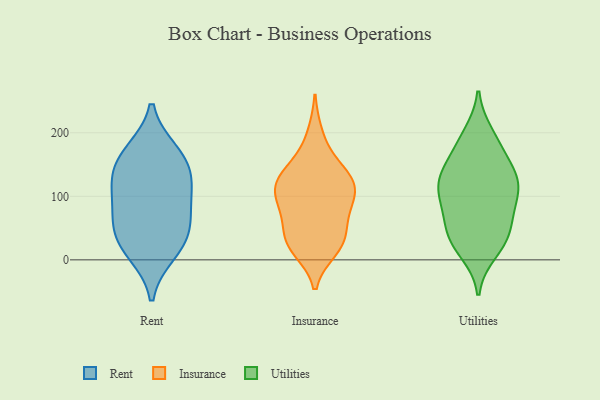
{"axis": {"x": "Bounce Rate (%)", "y": "Value"}, "legend": ["Insurance", "Rent", "Utilities"], "data": [{"x": "", "y": 56, "type": "Rent"}, {"x": "", "y": 24, "type": "Rent"}, {"x": "", "y": 142, "type": "Rent"}, {"x": "", "y": 84, "type": "Rent"}, {"x": "", "y": 108, "type": "Rent"}, {"x": "", "y": 12, "type": "Rent"}, {"x": "", "y": 163, "type": "Rent"}, {"x": "", "y": 47, "type": "Rent"}, {"x": "", "y": 169, "type": "Rent"}, {"x": "", "y": 121, "type": "Rent"}, {"x": "", "y": 123, "type": "Insurance"}, {"x": "", "y": 66, "type": "Insurance"}, {"x": "", "y": 76, "type": "Insurance"}, {"x": "", "y": 125, "type": "Insurance"}, {"x": "", "y": 34, "type": "Insurance"}, {"x": "", "y": 114, "type": "Insurance"}, {"x": "", "y": 91, "type": "Insurance"}, {"x": "", "y": 112, "type": "Insurance"}, {"x": "", "y": 35, "type": "Insurance"}, {"x": "", "y": 23, "type": "Insurance"}, {"x": "", "y": 158, "type": "Insurance"}, {"x": "", "y": 121, "type": "Insurance"}, {"x": "", "y": 138, "type": "Insurance"}, {"x": "", "y": 88, "type": "Insurance"}, {"x": "", "y": 25, "type": "Insurance"}, {"x": "", "y": 17, "type": "Insurance"}, {"x": "", "y": 197, "type": "Insurance"}, {"x": "", "y": 95, "type": "Utilities"}, {"x": "", "y": 28, "type": "Utilities"}, {"x": "", "y": 76, "type": "Utilities"}, {"x": "", "y": 187, "type": "Utilities"}, {"x": "", "y": 197, "type": "Utilities"}, {"x": "", "y": 121, "type": "Utilities"}, {"x": "", "y": 34, "type": "Utilities"}, {"x": "", "y": 122, "type": "Utilities"}, {"x": "", "y": 131, "type": "Utilities"}, {"x": "", "y": 127, "type": "Utilities"}, {"x": "", "y": 13, "type": "Utilities"}, {"x": "", "y": 50, "type": "Utilities"}, {"x": "", "y": 80, "type": "Utilities"}, {"x": "", "y": 109, "type": "Utilities"}, {"x": "", "y": 39, "type": "Utilities"}, {"x": "", "y": 145, "type": "Utilities"}, {"x": "", "y": 170, "type": "Utilities"}]}